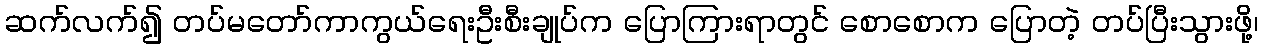
ဆက်လက်၍ တပ်မတော်ကာကွယ်ရေးဦးစီးချုပ်က ပြောကြားရာတွင် စောစောက ပြောတဲ့ တပ်ပြီးသွားဖို့၊